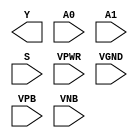
module sky130_fd_sc_hd__mux2i (
    Y   ,
    A0  ,
    A1  ,
    S   ,
    VPWR,
    VGND,
    VPB ,
    VNB
);

    output Y   ;
    input  A0  ;
    input  A1  ;
    input  S   ;
    input  VPWR;
    input  VGND;
    input  VPB ;
    input  VNB ;
endmodule